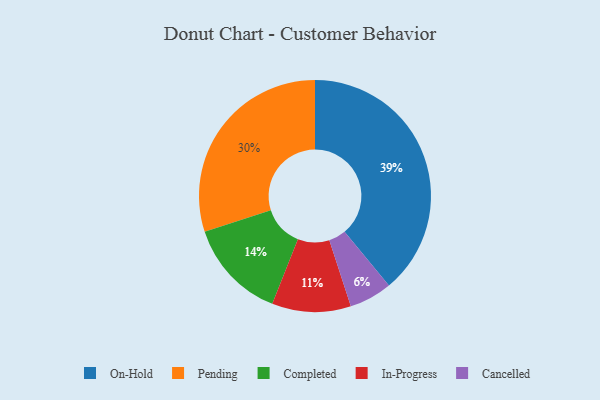
{"axis": {"x": "Category", "y": "Percentage"}, "legend": ["Cancelled", "Completed", "In-Progress", "On-Hold", "Pending"], "data": [{"x": "On-Hold", "y": 39, "type": "On-Hold"}, {"x": "Pending", "y": 30, "type": "Pending"}, {"x": "In-Progress", "y": 11, "type": "In-Progress"}, {"x": "Completed", "y": 14, "type": "Completed"}, {"x": "Cancelled", "y": 6, "type": "Cancelled"}]}